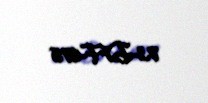
73-DF-675